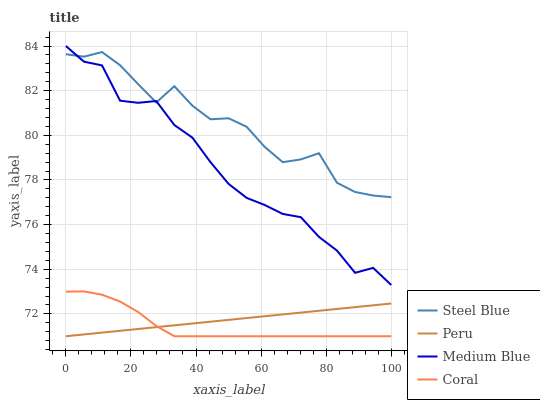
| xaxis_label | Steel Blue | Peru | Medium Blue | Coral |
 | --- | --- | --- | --- | --- |
 | 0 | 83.6 | 71 | 84 | 73 |
 | 5.56 | 83.5 | 71.1 | 83.3 | 73 |
 | 11.1 | 83.7 | 71.2 | 83.1 | 72.9 |
 | 16.7 | 83.1 | 71.2 | 81.5 | 72.6 |
 | 22.2 | 82.3 | 71.3 | 81.5 | 72.1 |
 | 27.8 | 81.5 | 71.4 | 81.5 | 71.5 |
 | 33.3 | 82.2 | 71.5 | 80.5 | 71 |
 | 38.9 | 81.3 | 71.6 | 79.9 | 71 |
 | 44.4 | 80.7 | 71.7 | 78.8 | 71 |
 | 50 | 80.8 | 71.7 | 77.8 | 71 |
 | 55.6 | 80.4 | 71.8 | 77.2 | 71 |
 | 61.1 | 79.5 | 71.9 | 76.9 | 71 |
 | 66.7 | 78.8 | 72 | 76.5 | 71 |
 | 72.2 | 78.9 | 72.1 | 76.3 | 71 |
 | 77.8 | 79.2 | 72.1 | 75.5 | 71 |
 | 83.3 | 77.9 | 72.2 | 74.8 | 71 |
 | 88.9 | 77.5 | 72.3 | 73.8 | 71 |
 | 94.4 | 77.3 | 72.4 | 74.1 | 71 |
 | 100 | 77.2 | 72.5 | 73.3 | 71 |